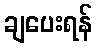
ချပေးရန်